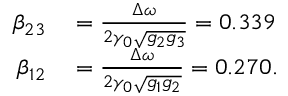
\begin{array} { r l } { \beta _ { 2 3 } } & { { } = \frac { \Delta \omega } { 2 \gamma _ { 0 } \sqrt { g _ { 2 } g _ { 3 } } } = 0 . 3 3 9 } \\ { \beta _ { 1 2 } } & { { } = \frac { \Delta \omega } { 2 \gamma _ { 0 } \sqrt { g _ { 1 } g _ { 2 } } } = 0 . 2 7 0 . } \end{array}